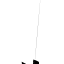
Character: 菝